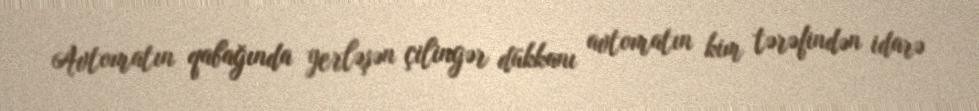
Avtomatın qabağında yerləşən çilingər dükkanı avtomatın kim tərəfindən idarə